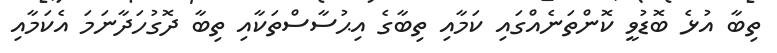
ތިބާ އުޅެ ބޮޑުވީ ކޮންތަނެއްގައި ކަމާއި ތިބާގެ އިޙުސާސްތަކާއި ތިބާ ދޮގުހަދާނަމަ އެކަމާއި